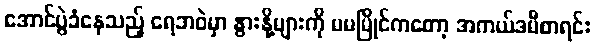
အောင်ပွဲခံနေသည့် ရေဘဝဲမှာ နွားနို့များကို မမမြိုင်ကတော့ အကယ်ဒမီစာရင်း